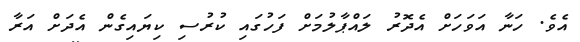
އެވެ. ހަނާ އަވަހަށް އެދޮރު ލައްޕާލުމަށް ފަހުގައި ކުރުސި ކިޔައިގެން އެދަށް އަރާ